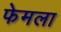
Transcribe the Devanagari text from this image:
फेमला